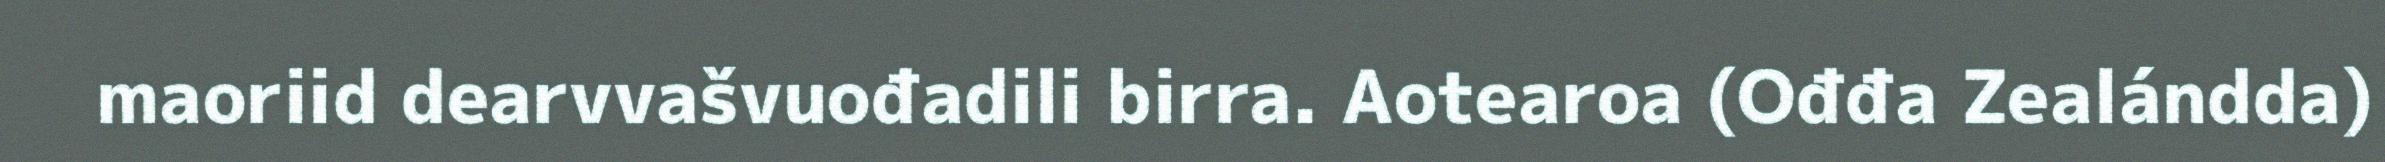
maoriid dearvvašvuođadili birra. Aotearoa (Ođđa Zealándda)